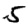
Digit: 5